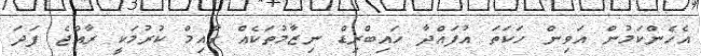
އެހެންކަމުން އަވިން ހަކަތަ އުފައްދާ ހައިބްރިޑް ނިޒާމުތަކެއް ގާއިމް ކުރުމަކީ ރާއްޖެ ފަދަ